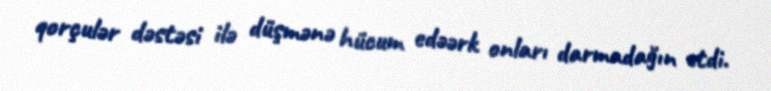
qorçulər dəstəsi ilə düşmənə hücum edəərk onları darmadağın etdi.